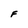
Character: F